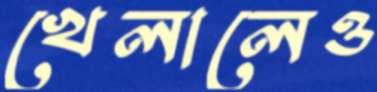
খেলালেও